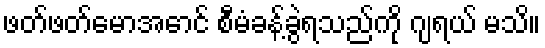
ဖတ်ဖတ်မောအောင် စီမံခန့်ခွဲရသည်ကို ဂျရယ် မသိ။